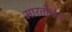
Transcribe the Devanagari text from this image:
मारतीनेस